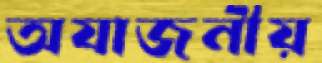
অযাজনীয়